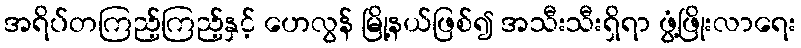
အရိပ်တကြည့်ကြည့်နှင့် ဟေလွန် မြို့နယ်ဖြစ်၍ အသီးသီးရှိရာ ဖွံ့ဖြိုးလာရေး